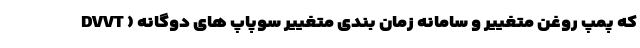
که پمپ روغن متغییر و سامانه زمان بندی متغییر سوپاپ های دوگانه ( DVVT